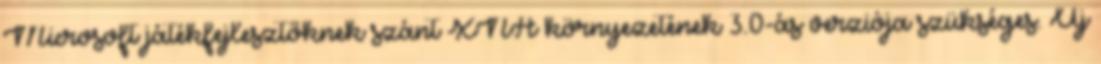
Microsoft játékfejlesztőknek szánt XNA környezetének 3.0-ás verziója szükséges. Új